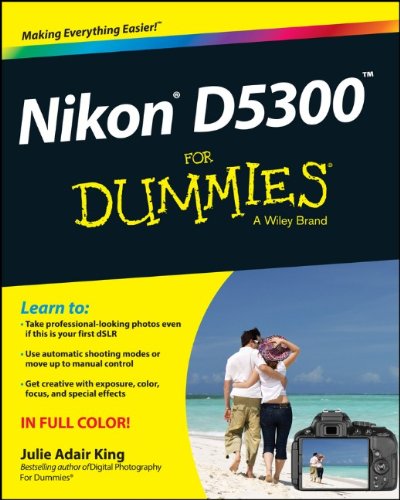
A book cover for Nikon D5300 For Dummies; Julie Adair King; Arts & Photography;